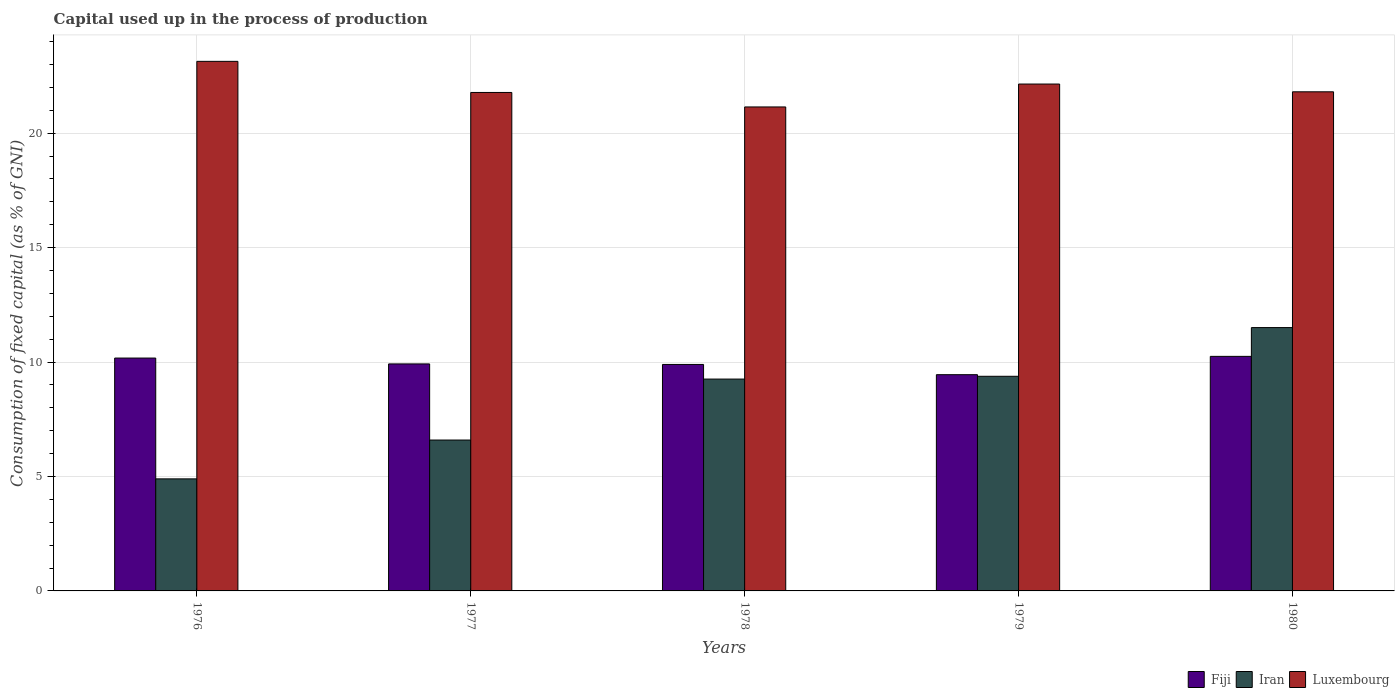
| Years | Fiji | Iran | Luxembourg |
 | --- | --- | --- | --- |
 | 1976 | 10.2 | 4.9 | 23.1 |
 | 1977 | 9.92 | 6.59 | 21.8 |
 | 1978 | 9.9 | 9.26 | 21.1 |
 | 1979 | 9.45 | 9.38 | 22.1 |
 | 1980 | 10.2 | 11.5 | 21.8 |